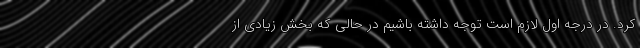
کرد. در درجه اول لازم است توجه داشته باشیم در حالی که بخش زیادی از